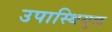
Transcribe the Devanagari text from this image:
उपास्थियुक्त